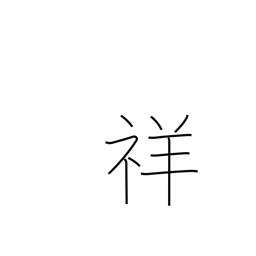
Meaning: auspicious